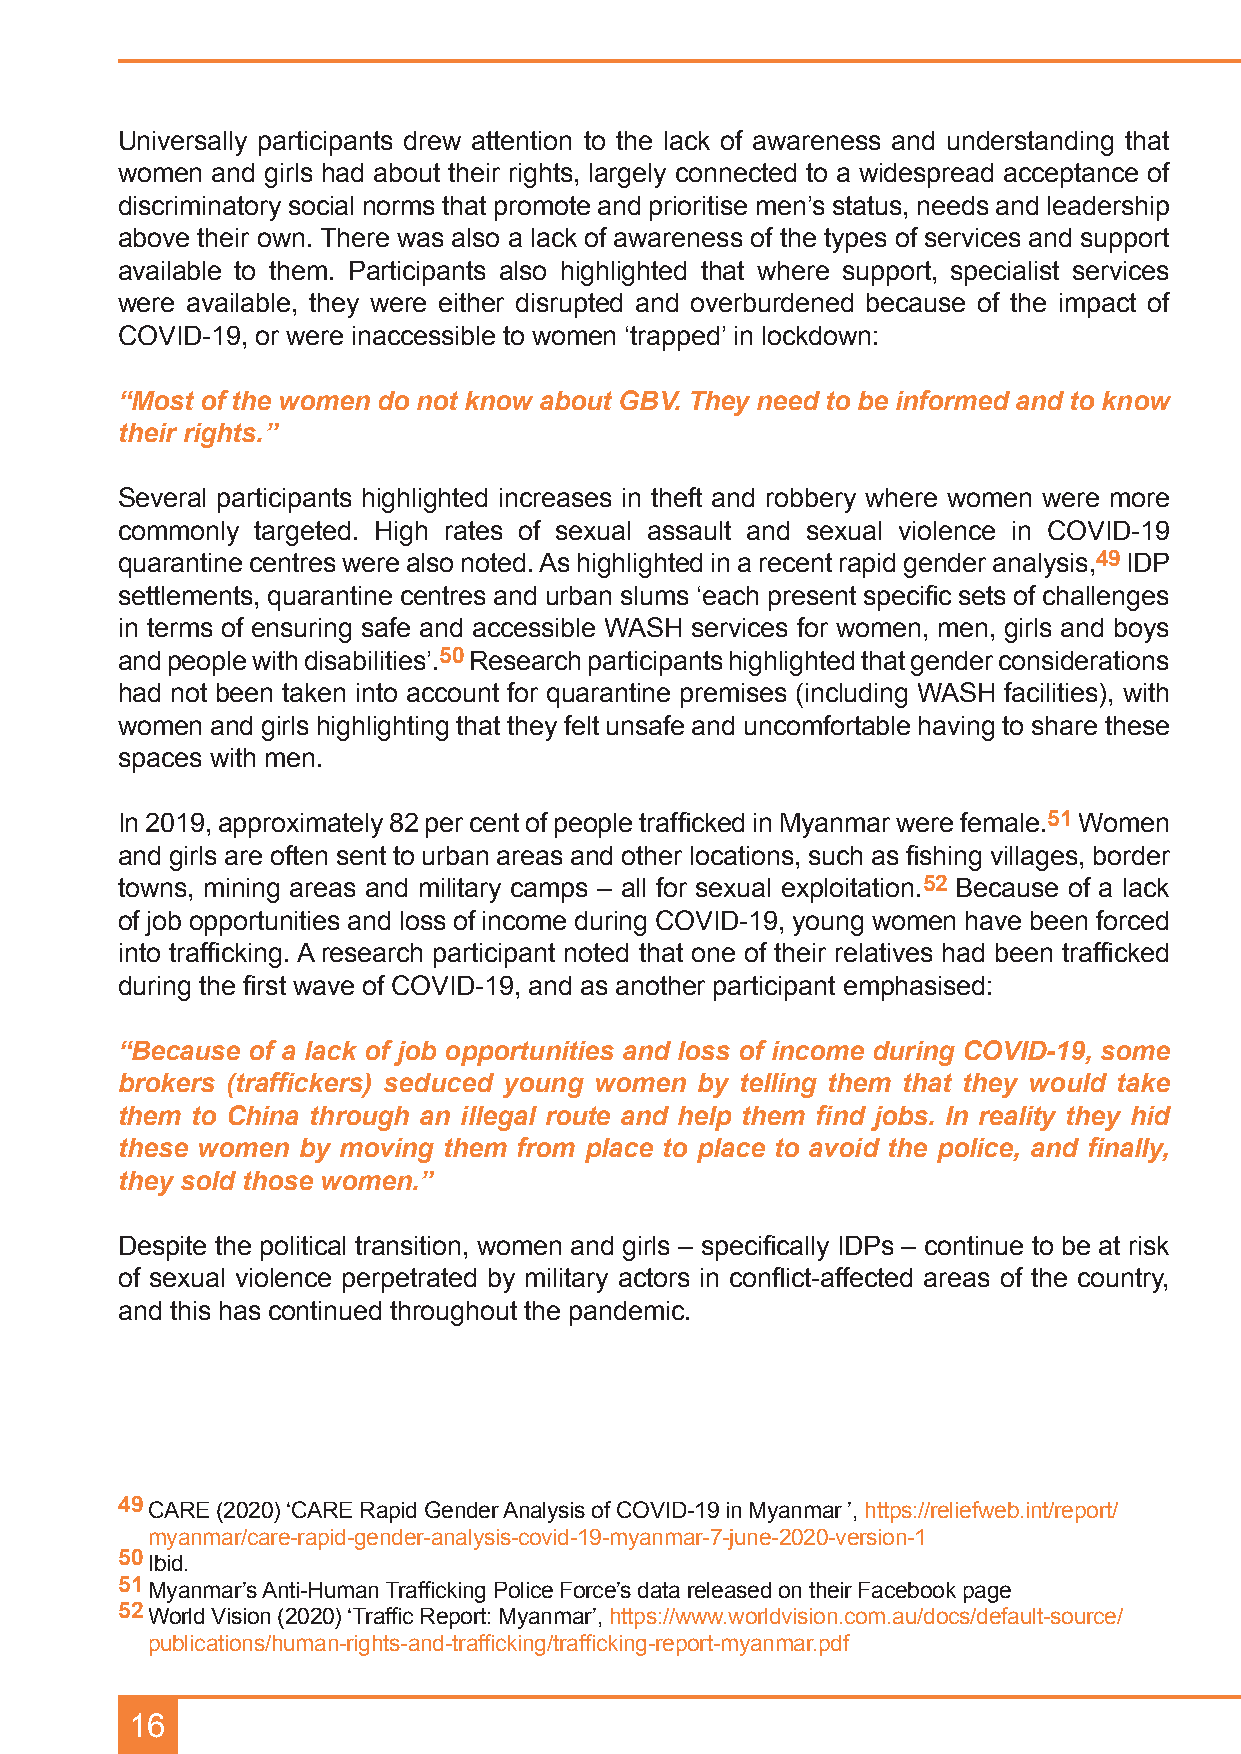
Universally participants drew attention to the lack of awareness and understanding that
 women and girls had about their rights, largely connected to a widespread acceptance of
 discriminatory social norms that promote and prioritise men’s status, needs and leadership
 above their own. There was also a lack of awareness of the types of services and support
 available to them. Participants also highlighted that where support, specialist services
 were available, they were either disrupted and overburdened because of the impact of
 COVID-19, or were inaccessible to women ‘trapped’ in lockdown:
 “Most of the women do not know about GBV. They need to be informed and to know
 their rights.”
 Several participants highlighted increases in theft and robbery where women were more
 commonly targeted. High rates of sexual assault and sexual violence in COVID-19
 quarantine centres were also noted. As highlighted in a recent rapid gender analysis,49 IDP
 settlements, quarantine centres and urban slums ‘each present specific sets of challenges
 in terms of ensuring safe and accessible WASH services for women, men, girls and boys
 and people with disabilities’.50 Research participants highlighted that gender considerations
 had not been taken into account for quarantine premises (including WASH facilities), with
 women and girls highlighting that they felt unsafe and uncomfortable having to share these
 spaces with men.
 In 2019, approximately 82 per cent of people trafficked in Myanmar were female.51 Women
 and girls are often sent to urban areas and other locations, such as fishing villages, border
 towns, mining areas and military camps – all for sexual exploitation.52 Because of a lack
 of job opportunities and loss of income during COVID-19, young women have been forced
 into trafficking. A research participant noted that one of their relatives had been trafficked
 during the first wave of COVID-19, and as another participant emphasised:
 “Because of a lack of job opportunities and loss of income during COVID-19, some
 brokers (traffickers) seduced young women by telling them that they would take
 them to China through an illegal route and help them find jobs. In reality they hid
 these women by moving them from place to place to avoid the police, and finally,
 they sold those women.”
 Despite the political transition, women and girls – specifically IDPs – continue to be at risk
 of sexual violence perpetrated by military actors in conflict-affected areas of the country,
 and this has continued throughout the pandemic.
 49 CARE (2020) ‘CARE Rapid Gender Analysis of COVID-19 in Myanmar ’, https://reliefweb.int/report/
 myanmar/care-rapid-gender-analysis-covid-19-myanmar-7-june-2020-version-1
 50 Ibid.
 51 Myanmar’s Anti-Human Trafficking Police Force’s data released on their Facebook page
 52 World Vision (2020) ‘Traffic Report: Myanmar’, https://www.worldvision.com.au/docs/default-source/
 publications/human-rights-and-trafficking/trafficking-report-myanmar.pdf
 16